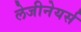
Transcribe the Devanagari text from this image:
लेजीनेयर्स